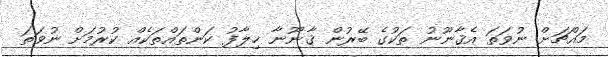
މައްޗަށް ނުވަތަ އެޤާނޫނު ތަކުގެ ބޭރުން ޤާނޫނާ ޚިލާފު ކަންތައްތަކެއް ކުރުމަށް ނުވަތަ